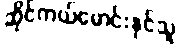
ဆိုင်ကယ်မောင်းနှင်သူ